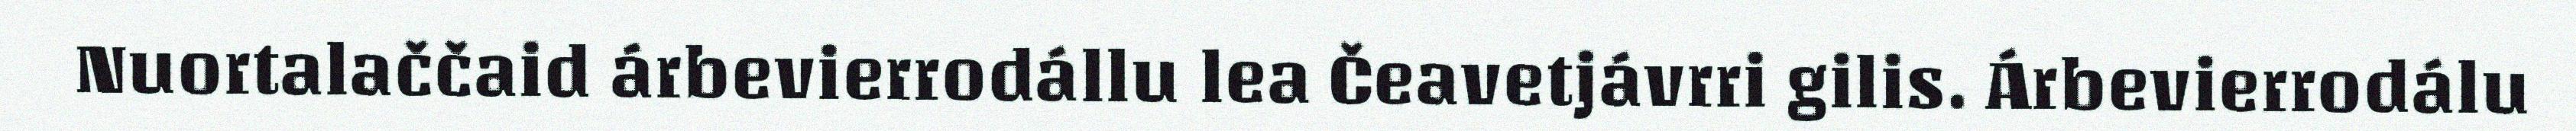
Nuortalaččaid árbevierrodállu lea Čeavetjávrri gilis. Árbevierrodálu